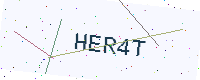
Text: HER4T